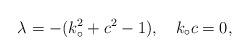
LaTeX: \begin{align*}\lambda = - ( k_{\circ}^2 + c^2 - 1),\quad k_{\circ} c = 0,\end{align*}